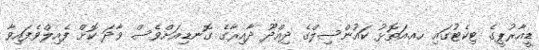
ޑީއާރުޕީގެ ޓިކެޓުގައި ހއ.އަތޮޅު ކައުންސިލްގެ ދިއްދޫ ދާއިރާގެ ގޮނޑިއަށްވެސް ވާދަ ކޮށް ފެއިލްވެފައިވާ